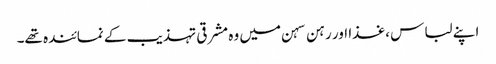
اپنے لباس ،غذا اور رہن سہن میں وہ مشرقی تہذیب کے نمائندہ تھے۔